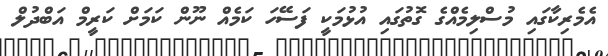
އެމެރިކާގައި މުސްލިމެއްގެ ގޮތުގައި އުޅުމަކީ ފަސޭހަ ކަމެއް ނޫން ކަމަށް ކަރީމް އަބްދުލް